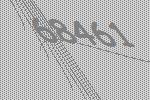
68461